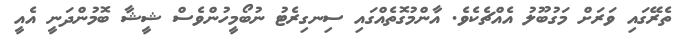
ތެރޭގައި ވަރަށް މަގުބޫލު އެއްޗެކެވެ. އާންމުގޮތެއްގައި ސިނގިރެޓު ނުބޯމީހުންވެސް ޝީޝާ ބޮމުންދަނީ އެއީ